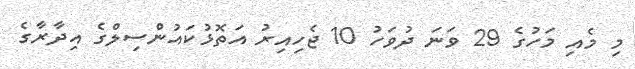
މި މެއި މަހުގެ 29 ވަނަ ދުވަހު 10 ޖެހިއިރު އަތޮޅުކައުންސިލްގެ އިދާރާގެ